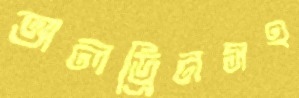
অলড্রিনসহ